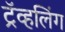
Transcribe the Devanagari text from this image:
ट्रॅव्हलिंग